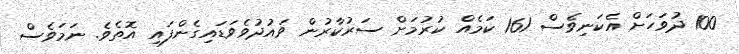
100 ދުވަހަށް އެކަނިވެސް 161 ކަމެއް ކުރުމަށް ސަރުކާރުން ވައުދުވެވަޑައިގެންފައި އޮތެވެެ. ނަމަވެސް